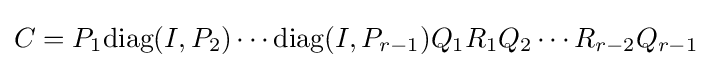
C=P_{1}{\text{diag}}(I,P_{2})\cdots {\text{diag}}(I,P_{r-1})Q_{1}R_{1}Q_{2}\cdots R_{r-2}Q_{r-1}